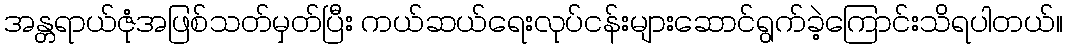
အန္တရာယ်ဇုံအဖြစ်သတ်မှတ်ပြီး ကယ်ဆယ်ရေးလုပ်ငန်းများဆောင်ရွက်ခဲ့ကြောင်းသိရပါတယ်။